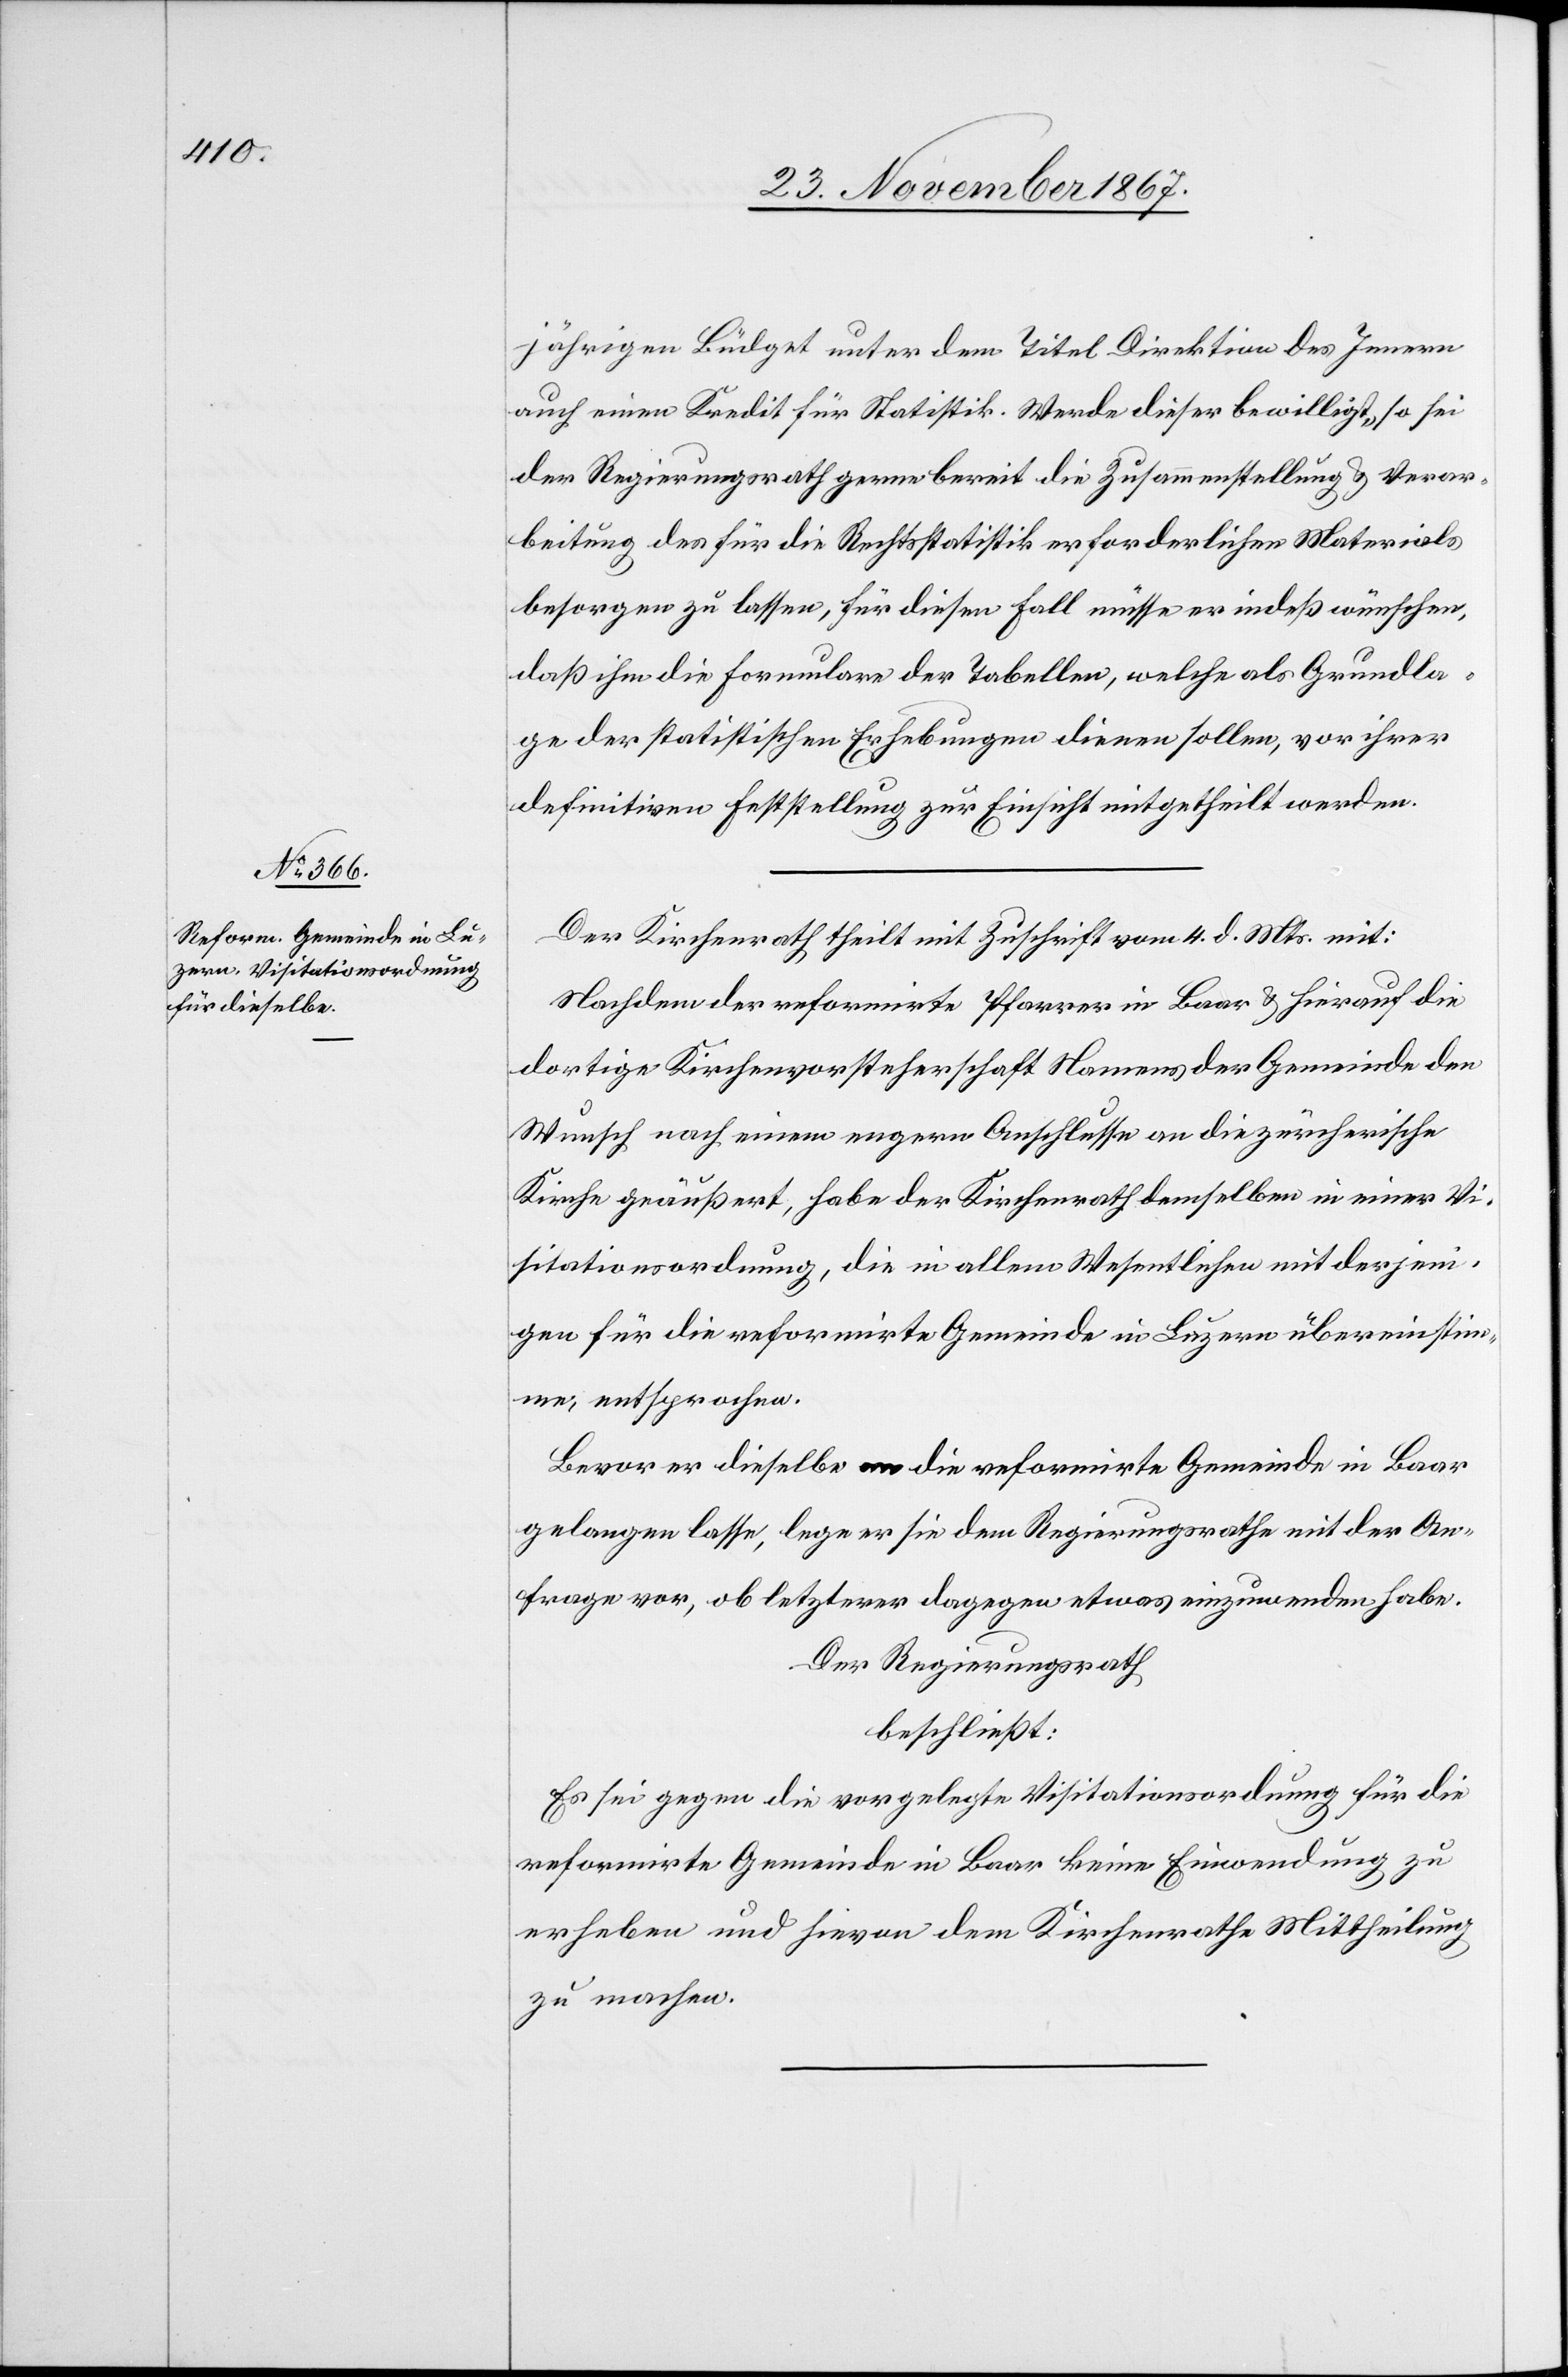
jährigen Büdget unter dem Titel Direktion des Innern
auch einen Kredit für Statistik. Werde dieser bewilligt, so sei
der Regierungsrath gerne bereit, die Zusammenstellung u. Verar¬
beitung des für die Rechtsstatistik erforderlichen Materials
besorgen zu lassen, für diesen Fall müsse er indeß wünschen,
daß ihm die Formulare der Tabellen, welche als Grundla¬
ge der statistischen Erhebungen dienen sollen, vor ihrer
definitiven Feststellung zur Einsicht mitgetheilt werden.
Der Kirchenrath theilt mit Zuschrift vom 4. d. Mts. mit:
Nachdem der reformirte Pfarrer in Baar u. hierauf die
dortige Kirchenvorsteherschaft Namens der Gemeinde den
Wunsch nach einem engern Anschlusse an die zürchrische
Kirche geäußert, habe der Kirchenrath demselben in einer Vi¬
sitationsordnung, die in allem Wesentlichen mit derjeni¬
gen für die reformirte Gemeinde in Luzern übereinstim¬
me, entsprochen.
Bevor er dieselbe an die reformirte Gemeinde in Baar
gelangen lasse, lege er sie dem Regierungsrathe mit der An¬
frage vor, ob letzterer dagegen etwas einzuwenden habe.
Der Regierungsrath,
beschließt:
Es sei gegen die vorgelegte Visitationsordnung für die
reformirte Gemeinde in Baar keine Einwendung zu
erheben und hievon dem Kirchenrathe Mittheilung
zu machen.